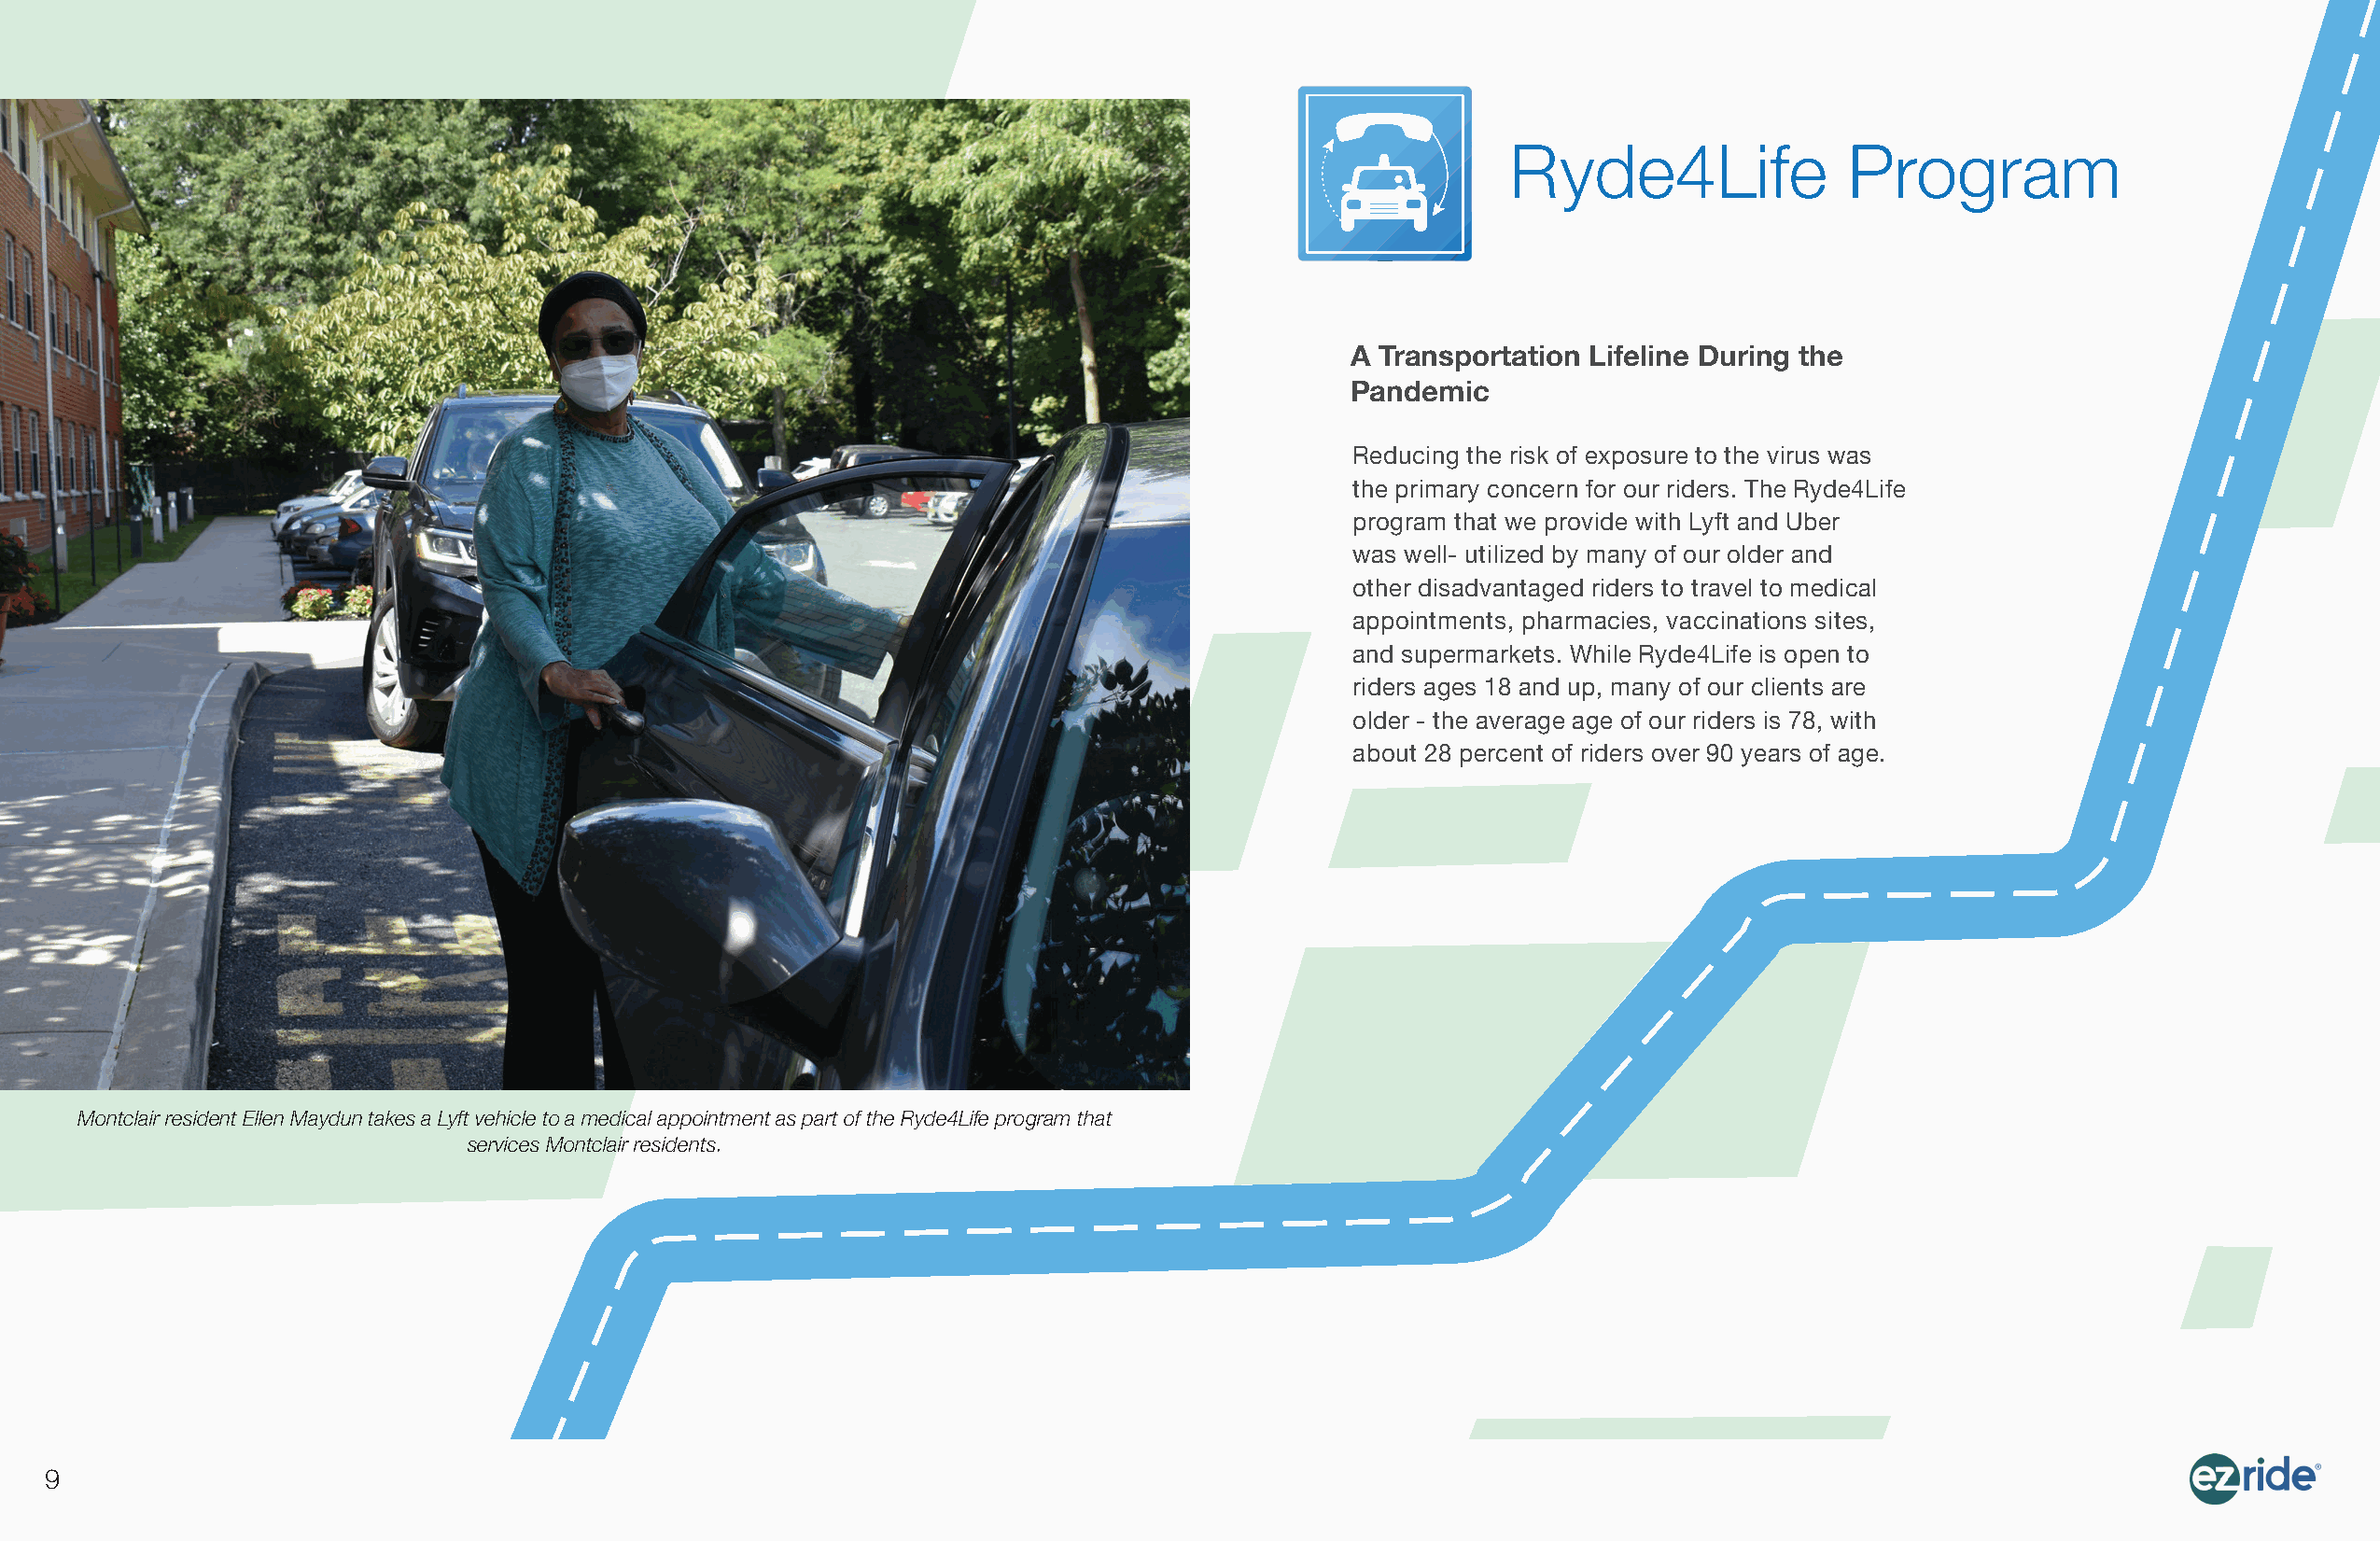
Ryde4Life               Program
 A Transportation Lifeline During the
 Pandemic
 Reducing the risk of exposure to the virus was
 the primary concern for our riders. The Ryde4Life
 program that we provide with Lyft and Uber
 was well- utilized by many of our older and
 other disadvantaged riders to travel to medical
 appointments, pharmacies, vaccinations sites,
 and supermarkets. While Ryde4Life is open to
 riders ages 18 and up, many of our clients are
 older - the average age of our riders is 78, with
 about 28 percent of riders over 90 years of age.
 Montclair resident Ellen Maydun takes a Lyft vehicle to a medical appointment as part of the Ryde4Life program that
 services Montclair residents.
 9